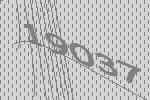
19037